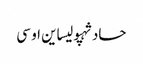
حادثہپولیساین او سی